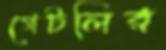
গেটলির